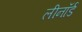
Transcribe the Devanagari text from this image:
लीनॉर्ड